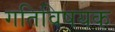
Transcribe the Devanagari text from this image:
गतिविषयक